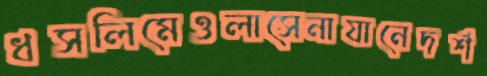
ধসলিমেওলাসেনাযানেদর্শ